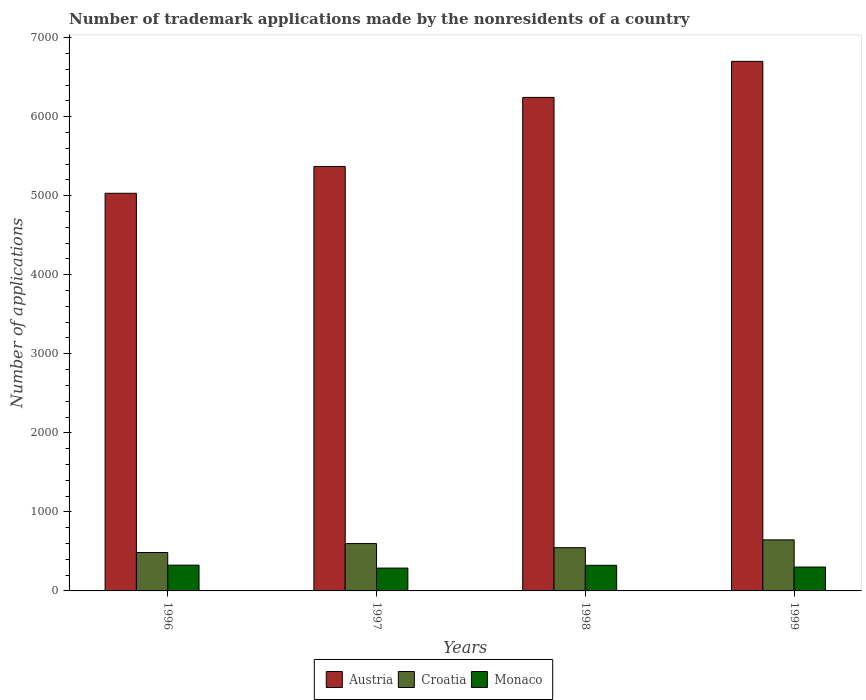
| Years | Austria | Croatia | Monaco |
 | --- | --- | --- | --- |
 | 1996 | 5.03e+03 | 486 | 326 |
 | 1997 | 5.37e+03 | 599 | 289 |
 | 1998 | 6.24e+03 | 547 | 324 |
 | 1999 | 6.7e+03 | 646 | 302 |